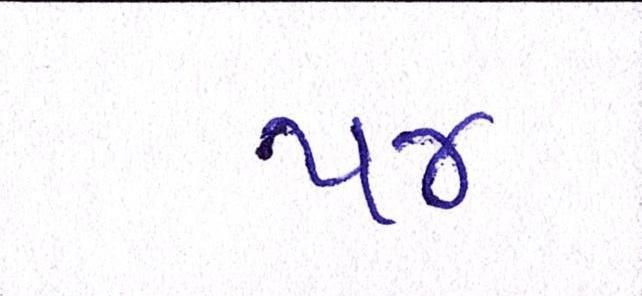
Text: ૫૪